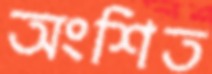
অংশিত